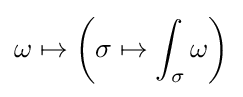
\omega \mapsto \left(\sigma \mapsto \int _{\sigma }\omega \right)